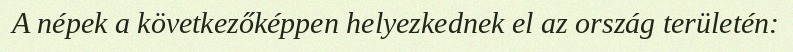
A népek a következőképpen helyezkednek el az ország területén: